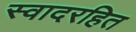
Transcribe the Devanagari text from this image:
स्वादरहित